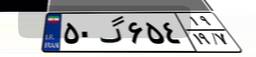
۵۰گ۶۵۴۱۹